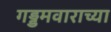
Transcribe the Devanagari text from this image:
गड्डमवाराच्या